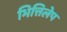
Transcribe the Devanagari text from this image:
भित्तिलेप